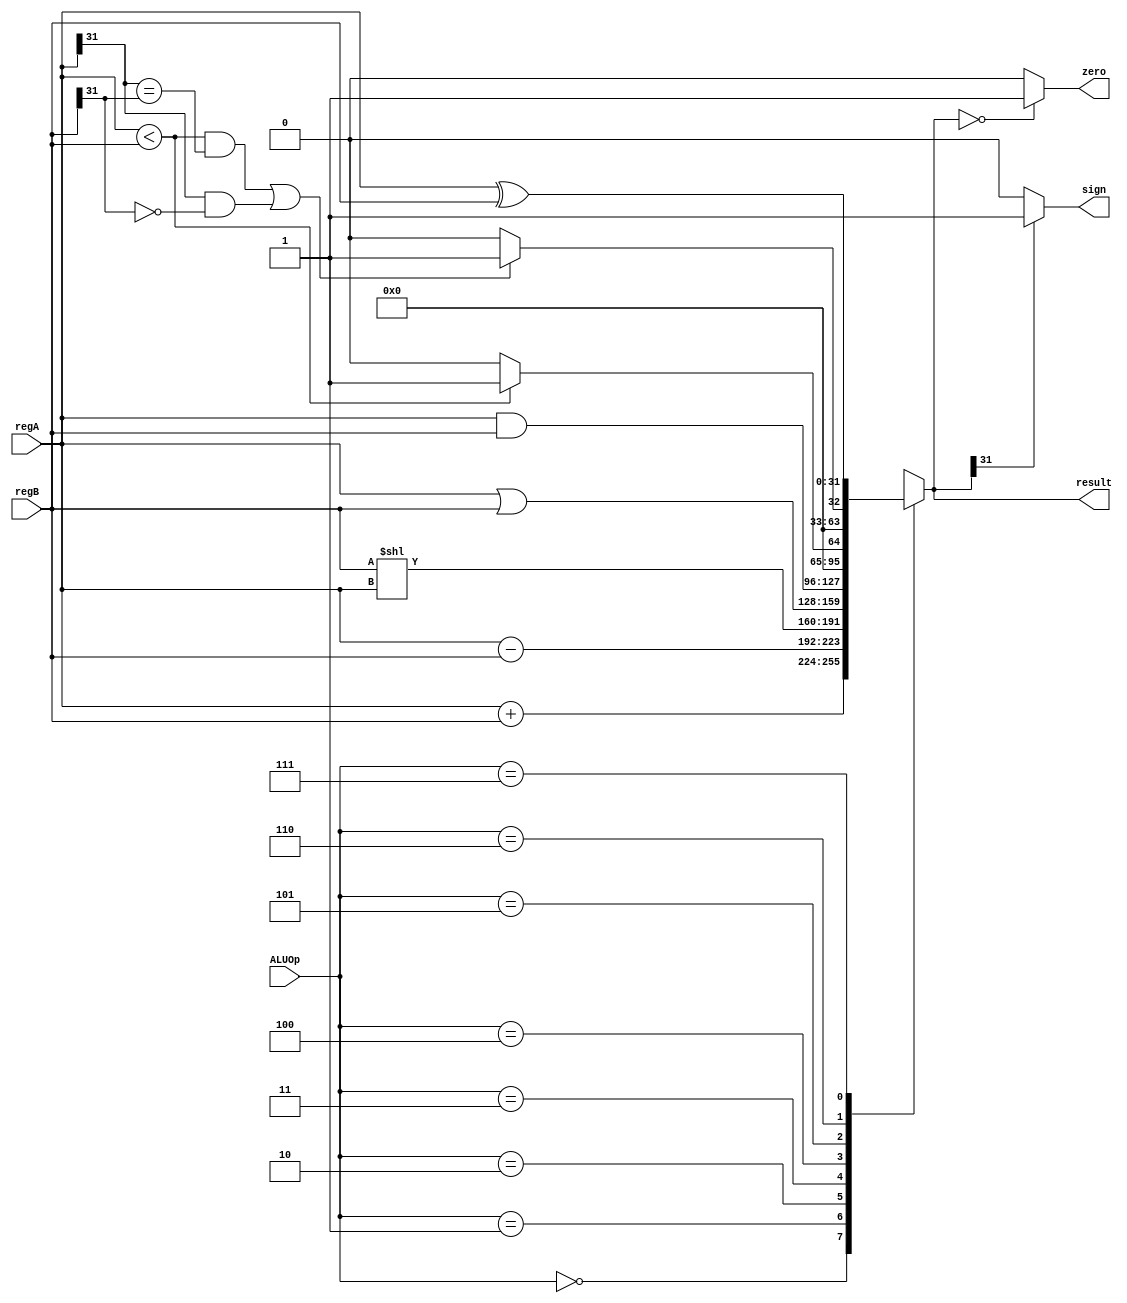
`timescale 1ns / 1ps

module ALU(
    input [2:0] ALUOp,
    input [31:0] regA,
    input [31:0] regB,
    output reg [31:0] result,
    output zero,
    output sign
    );
    
    assign zero = (result == 0) ? 1 : 0;
    assign sign = (result[31] == 0) ? 0 : 1;
    
    always @( ALUOp or regA or regB ) begin
        case (ALUOp)
            3'b000 : result = regA + regB;
            3'b001 : result = regA - regB;
            3'b010 : result = regB << regA;
            3'b011 : result = regA | regB;
            3'b100 : result = regA & regB;
            3'b101 : result = (regA < regB) ? 1 : 0;
            3'b110 : begin
                    if ((regA < regB && (regA[31] == regB[31])) || (regA[31] == 1 && regB[31] == 0))
                        result = 1;
                    else
                        result = 0;
                    end
            3'b111: result = regA ^ regB;
            default : begin
                       result = 32'h00000000;
                    end
        endcase
    end 
endmodule